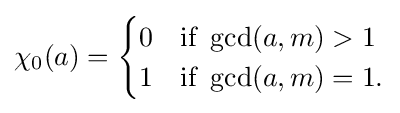
\chi _{0}(a)={\begin{cases}0&{\text{if }}\gcd(a,m)>1\\1&{\text{if }}\gcd(a,m)=1.\end{cases}}